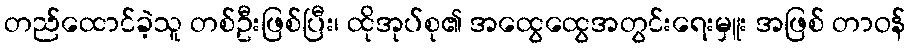
တည်ထောင်ခဲ့သူ တစ်ဦးဖြစ်ပြီး၊ ထိုအုပ်စု၏ အထွေထွေအတွင်းရေးမှူး အဖြစ် တာဝန်